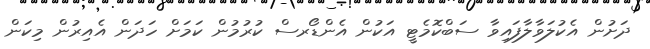
ދަށުން އެކުލަވާލާފައިވާ ސަބްކޮމެޓީ އަކުން އެންޑޯރސް ކުރުމުން ކަމަށް ހަދަން އެއިރުން މިކަން